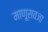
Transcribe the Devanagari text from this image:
माणूसवजा